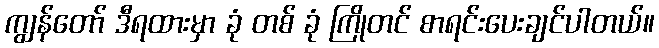
ကျွန်တော် ဒီရထားမှာ ခုံ တစ် ခုံ ကြိုတင် စာရင်းပေးချင်ပါတယ်။